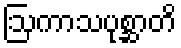
ဩကာသပုစ္ဆာတိ